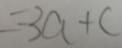
= - 3 a + c